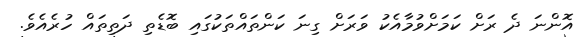
އޮންނަ ދެ ރަށް ކަމަށްވުމާއެކު ވަރަށް ގިނަ ކަންތައްތަކުގައި ބޮޑެތި ދަތިތައް ހުރެއެވެ.